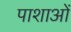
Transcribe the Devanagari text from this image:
पाशाओं